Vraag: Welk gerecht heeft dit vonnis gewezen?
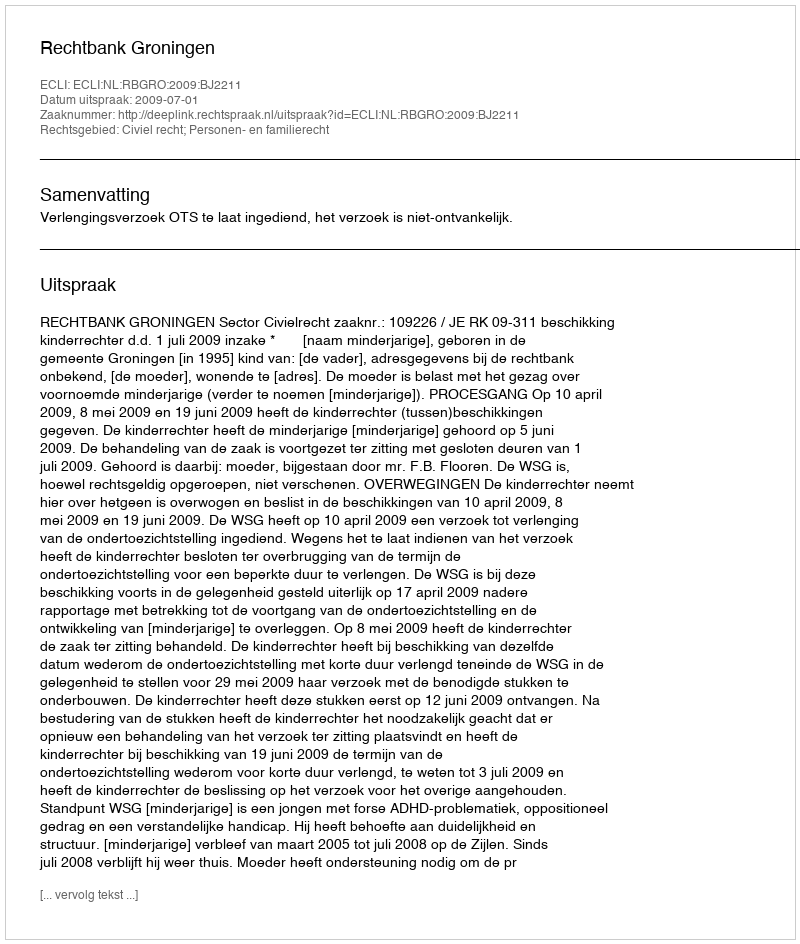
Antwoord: Rechtbank Groningen